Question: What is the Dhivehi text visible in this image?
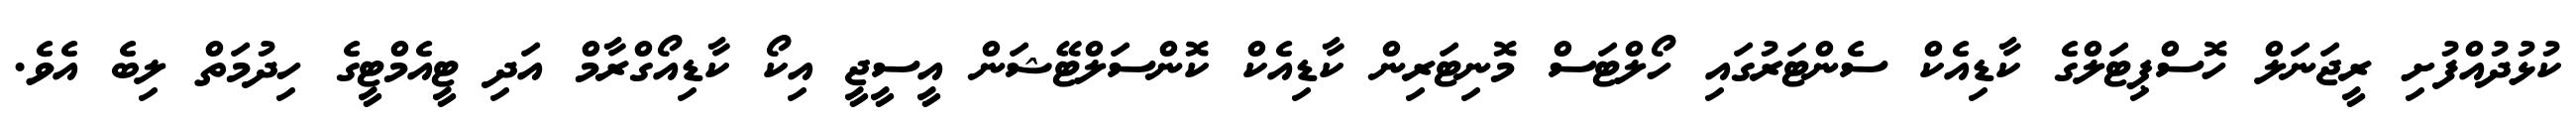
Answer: ކުޅުދުއްފުށި ރީޖަނަލް ހޮސްޕިޓަލްގެ ކާޑިއެކް ސެންޓަރުގައި ހޯލްޓަސް މޮނިޓަރިން ކާޑިއެކް ކޮންސަލްޓޭޝަން އީސީޖީ އިކޯ ކާޑިއޯގްރާމް އަދި ޓީއެމްޓީގެ ހިދުމަތް ލިބެ އެވެ.